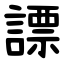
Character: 謤